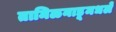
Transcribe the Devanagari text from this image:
तामिळनाडूमधले